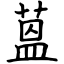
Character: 蒕